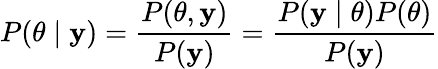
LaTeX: P(\theta\mid\mathbf{y})={\frac{{P(\theta,\mathbf{y})}}{{P(\mathbf{y})}}}={\frac{{P(\mathbf{y}\mid\theta)P(\theta)}}{{P(\mathbf{y})}}}